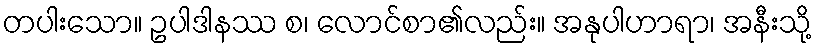
တပါးသော။ ဥပါဒါနဿ စ၊ လောင်စာ၏လည်း။ အနုပါဟာရာ၊ အနီးသို့